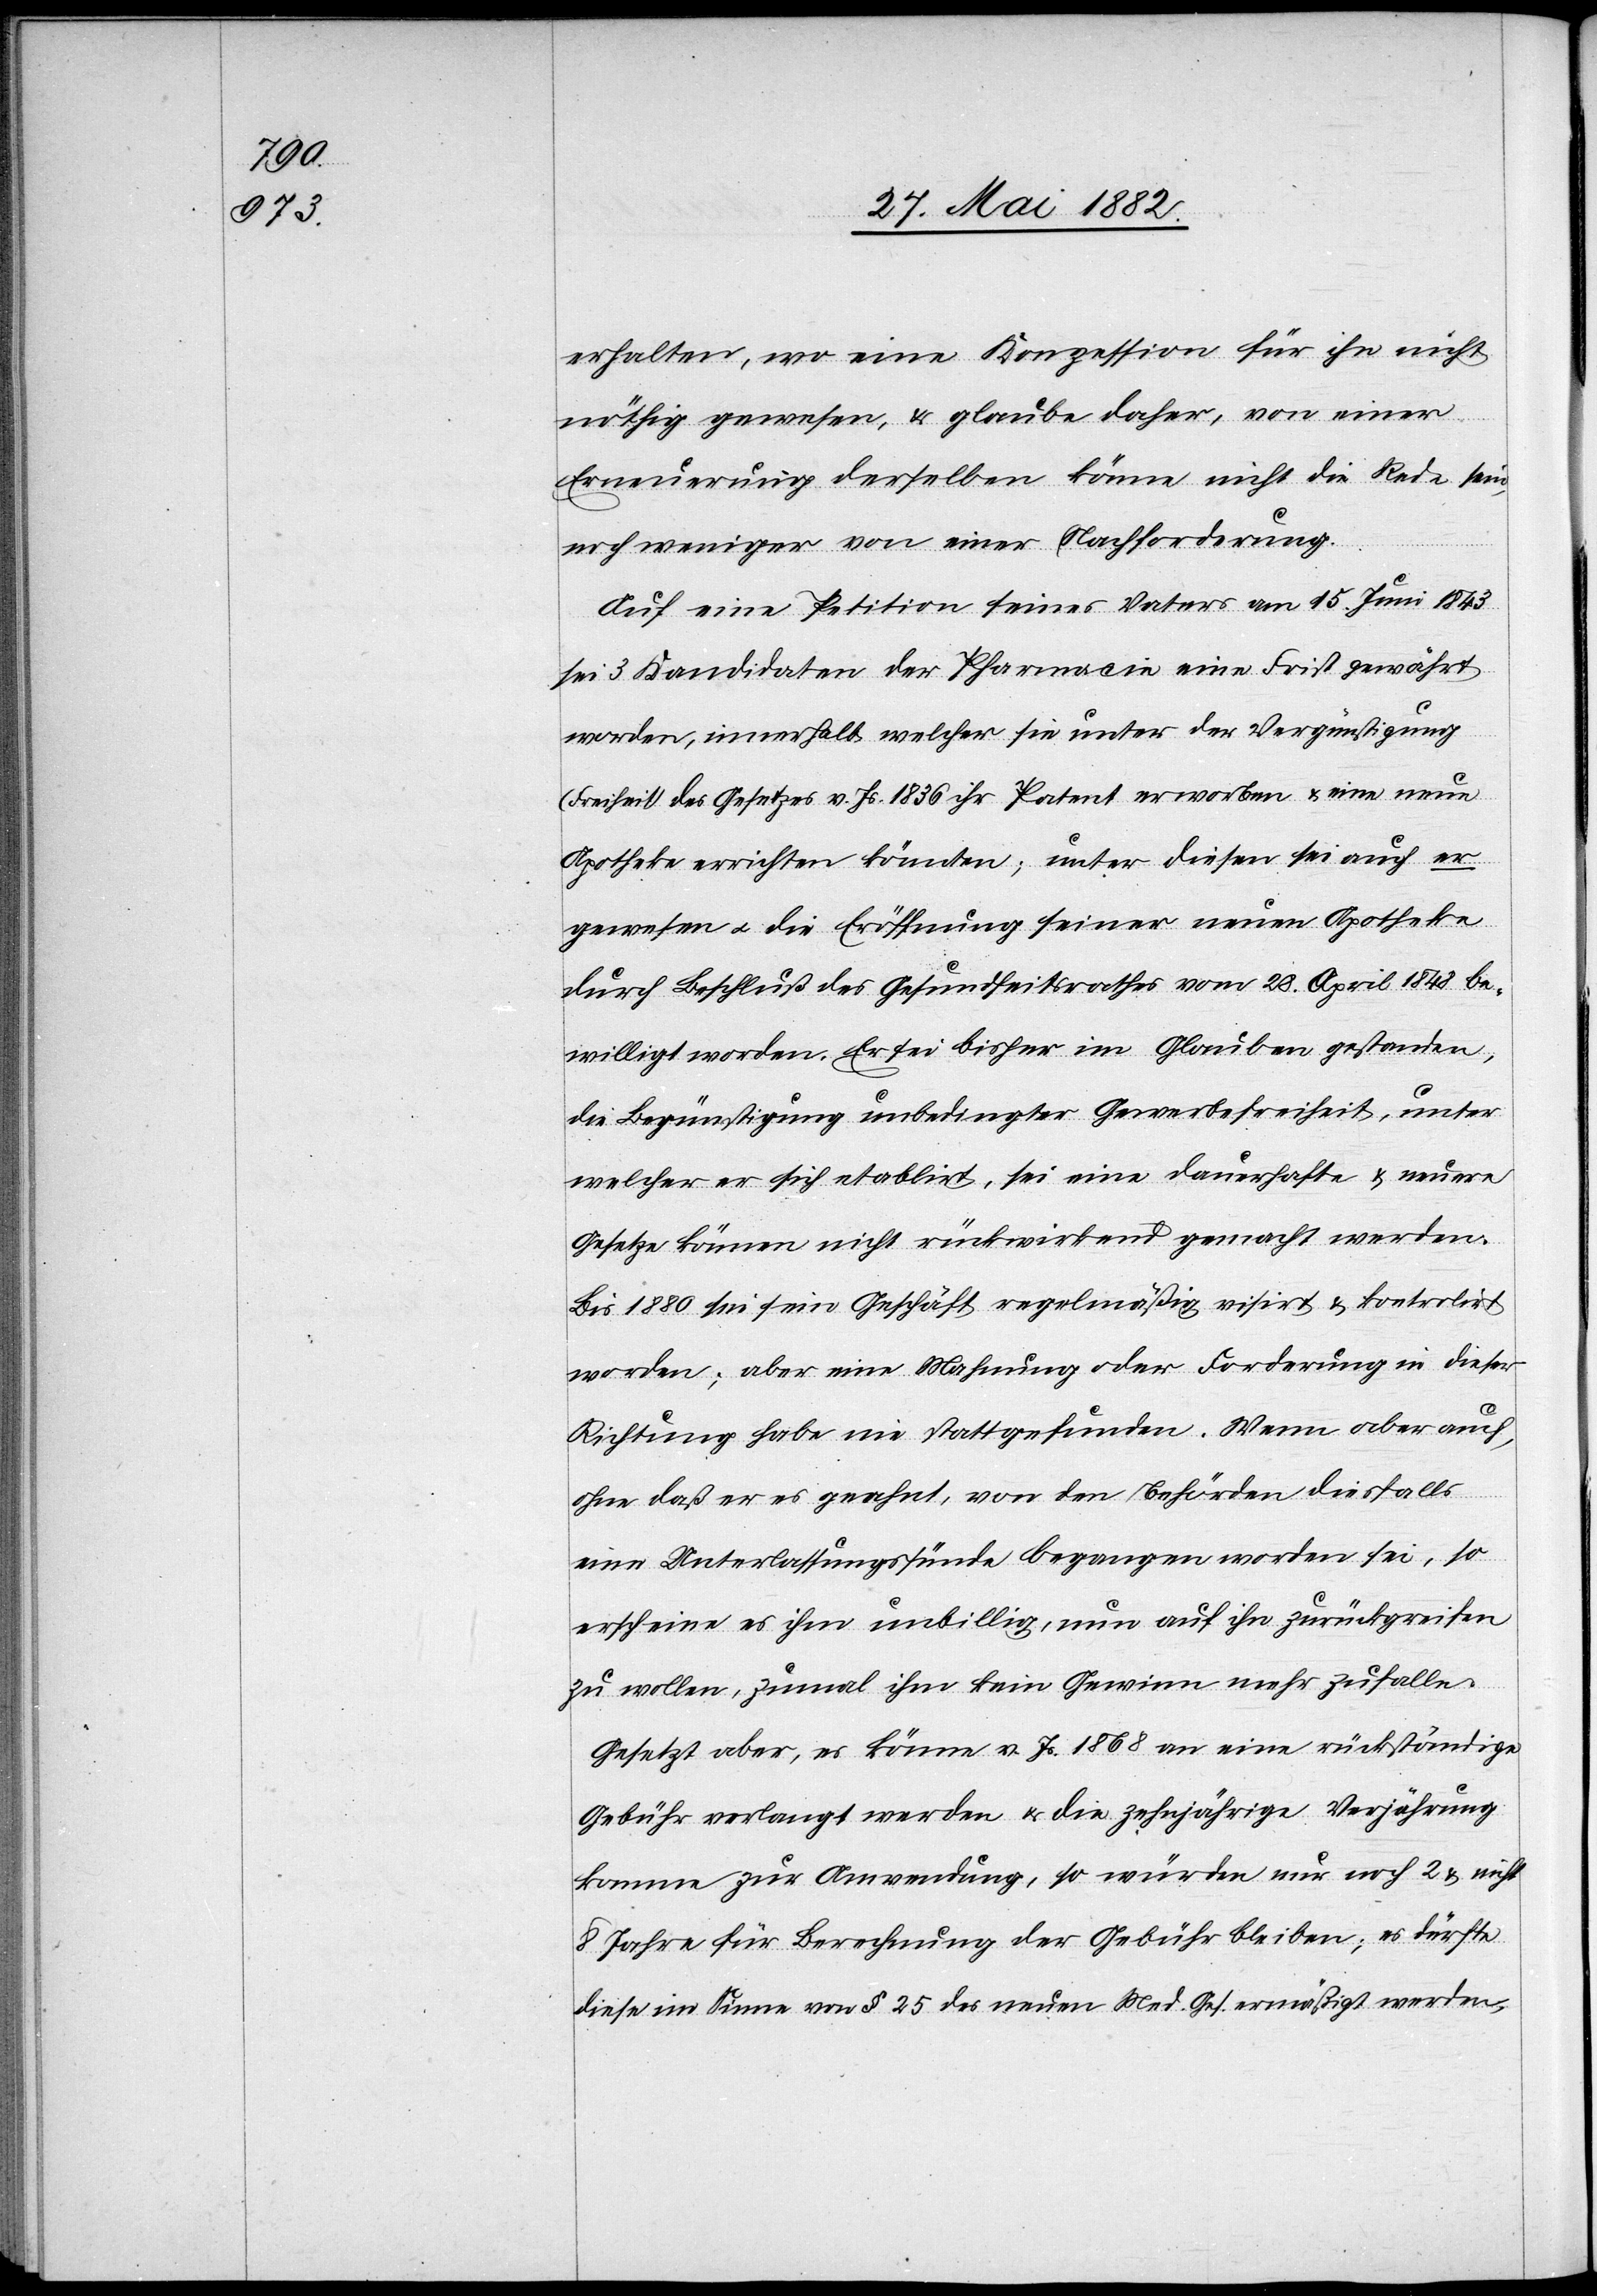
erhalten, wo eine Konzession für ihn nicht
nöthig gewesen, & glaube daher, von einer
Erneuerung derselben könne nicht die Rede sein,
noch weniger von einer Nachforderung.
Auf eine Petition seines Vaters am 15. Juni 1843
sei 3 Kandidaten der Pharmacie eine Frist gewährt
worden, innerhalb welcher sie unter der Vergünstigung
(Freiheit des Gesetzes v. Js. [sic!] 1836[)] ihr Patent erworben & eine neue
Apotheke errichten könnten [sic!]; unter diesen sei auch er
gewesen u. die Eröffnung seiner neuen Apotheke
durch Beschluß des Gesundheitsrathes vom 28. April 1848 be¬
willigt worden. Er sei bisher im Glauben gestanden,
die Begünstigung unbedingter Gewerbefreiheit, unter
welcher er sich etablirt, sei eine dauerhafte & neuere
Gesetze können nicht rückwirkend gemacht werden.
Bis 1880 sei sein Geschäft regelmäßig visirt & kontrolirt
worden; aber eine Mahnung oder Forderung in dieser
Richtung habe nie stattgefunden. Wenn aber auch,
ohne daß er es geahnt, von den Behörden diesfalls
eine Unterlassungssünde begangen worden sei, so
erscheine es ihm unbillig, nun auf ihn zurückgreifen
zu wollen, zumal ihm kein Gewinn mehr zufalle.
Gesetzt aber, es könne v. Js. [sic!] 1868 an eine rückständige
Gebühr verlangt werden & die zehnjährige Verjährung
komme zur Anwendung, so würden nur noch 2 & nicht
8 Jahre für Berechnung der Gebühr bleiben; es dürfte
diese im Sinne von § 25 des neuen Med. Ges. ermäßigt werden,